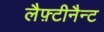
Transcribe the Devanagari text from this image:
लैफ़्टीनैन्ट